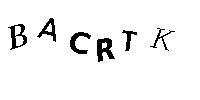
BACRTK